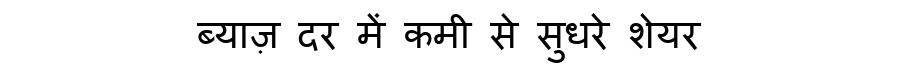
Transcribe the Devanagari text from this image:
ब्याज़ दर में कमी से सुधरे शेयर